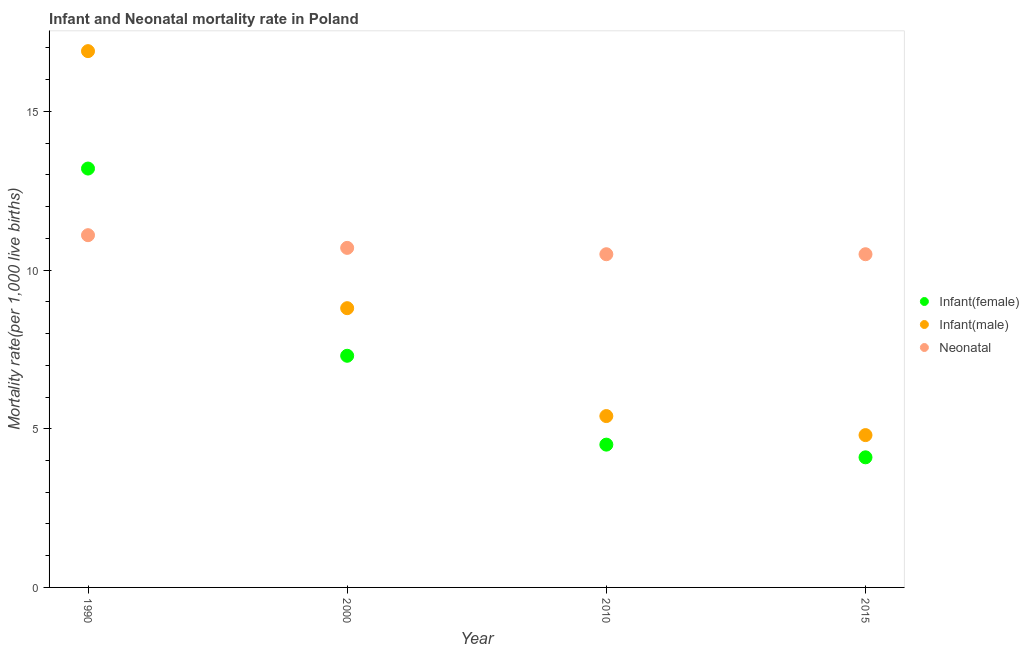
| Year | Infant(female) | Infant(male) | Neonatal  |
 | --- | --- | --- | --- |
 | 1990 | 13.2 | 16.9 | 11.1 |
 | 2000 | 7.3 | 8.8 | 10.7 |
 | 2010 | 4.5 | 5.4 | 10.5 |
 | 2015 | 4.1 | 4.8 | 10.5 |